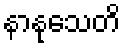
နာနုသေတိ